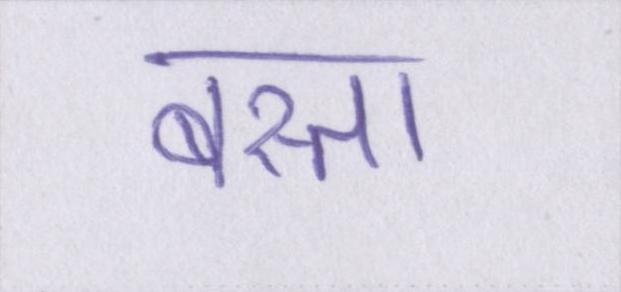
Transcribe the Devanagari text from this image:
बस्ता